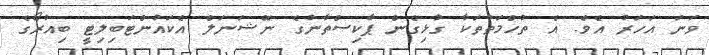
ވަނަ އަހަރު އެވެ. އެ ތުހްމަތުތަކާ ގުޅިގެން ޕާކިސްތާނުގެ ނޭޝަނަލް އެކައުންޓަބިލިޓީ ބިއުރޯގެ